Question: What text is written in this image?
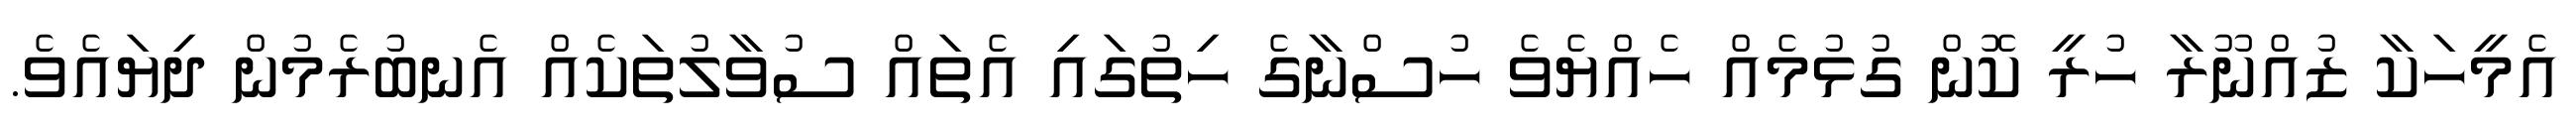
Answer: އެމީހަކާ ޒުއްނޫރާ ހުރީ ކޮން ގުޅުމެއް ހެއްޔެވެ ހުސްނާގެ ހިތުގައި އެތައް ސުވާލުތަކެއް އެނބުރެމުން ދިޔައެވެ.